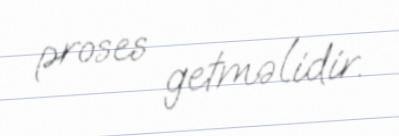
proses getməlidir.